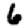
Digit: 6